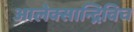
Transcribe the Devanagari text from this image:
आलेक्सान्द्रिविच